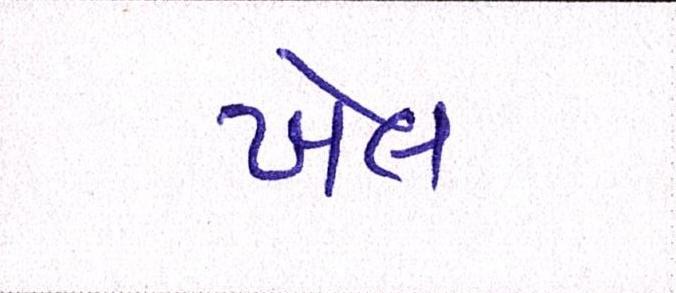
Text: ખેલ